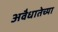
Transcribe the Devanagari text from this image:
अवैधातेच्या